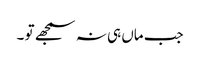
جب ماں ہی نہ سمجھے تو ۔